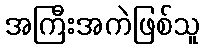
အကြီးအကဲဖြစ်သူ